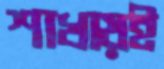
শাখায়ই